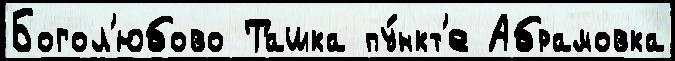
Богол'юбово Ташка пу́нкт'е Абрамовка